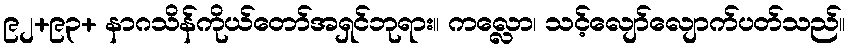
၉၂+၉၃+ နာဂသိန်ကိုယ်တော်အရှင်ဘုရား။ ကလ္လော၊ သင့်လျော်လျောက်ပတ်သည်။